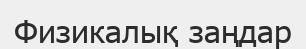
Физикалық заңдар